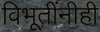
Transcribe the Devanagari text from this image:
विभूतींनीही